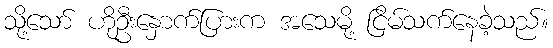
သို့သော် ဟိုဦးနှောက်ပြားက အသေမို့ ငြိမ်သက်နေခဲ့သည်။